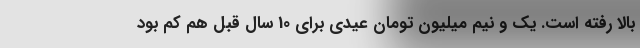
بالا رفته است. یک و نیم میلیون تومان عیدی برای 10 سال قبل هم کم بود